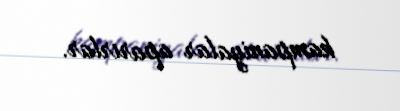
kampaniyalar aparırlar.